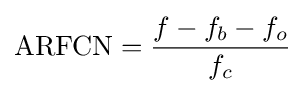
\mathrm {ARFCN} ={\frac {f-f_{b}-f_{o}}{f_{c}}}